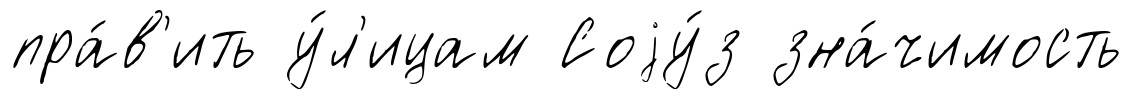
пра́в'ить у́л'ицам Соjу́з зна́чимость